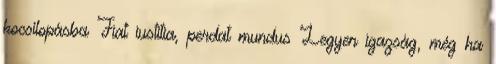
kocsilopásba Fiat iustitia, perdat mundus Legyen igazság, még ha